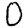
Digit: 0